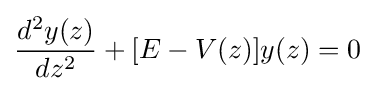
{\frac {d^{2}y(z)}{dz^{2}}}+[E-V(z)]y(z)=0